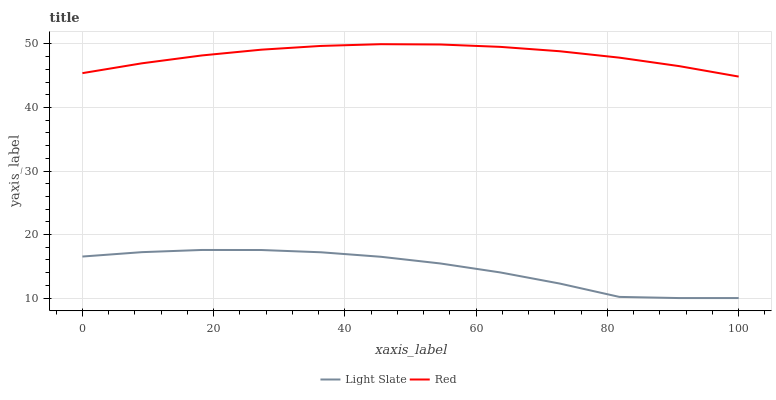
| xaxis_label | Light Slate | Red |
 | --- | --- | --- |
 | 0 | 16.5 | 45.4 |
 | 9.09 | 17.2 | 47 |
 | 18.2 | 17.6 | 48.2 |
 | 27.3 | 17.6 | 49.1 |
 | 36.4 | 17.2 | 49.7 |
 | 45.5 | 16.5 | 50 |
 | 54.5 | 15.4 | 49.9 |
 | 63.6 | 14 | 49.5 |
 | 72.7 | 12.3 | 48.9 |
 | 81.8 | 10.2 | 47.8 |
 | 90.9 | 10 | 46.5 |
 | 100 | 10 | 44.9 |